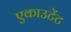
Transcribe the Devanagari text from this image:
एकाउटेंट